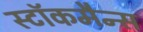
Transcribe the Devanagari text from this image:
स्टॉकमैन्स